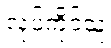
လုပ်ကိုင်သူ